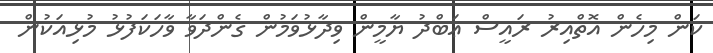
ކަން މިހެން އޮތްއިރު ރައީސް ޢަބްދު ޔާމީން ވިދާޅުވަމުން ގެންދަވާ ވާހަކަފުޅު މުޅިއަކުން